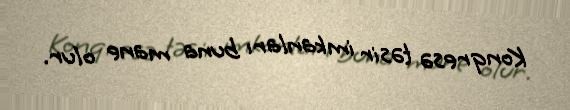
Konqresə təsir imkanları buna mane olur.